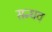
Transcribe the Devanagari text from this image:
सन्धव